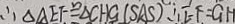
\therefore \Delta A E F \cong \Delta C H G ( S A S ) \therefore E F = G H